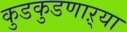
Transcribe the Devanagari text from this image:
कुडकुडणाऱ्या